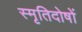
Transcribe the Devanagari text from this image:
स्मृतिदोषों